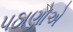
પઠાણોએ